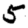
Digit: 5